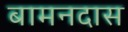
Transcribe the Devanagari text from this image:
बामनदास